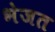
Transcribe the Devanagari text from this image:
भेजत